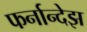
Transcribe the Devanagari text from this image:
फर्नान्देझ